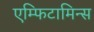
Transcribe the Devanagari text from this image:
एम्फिटामिन्स